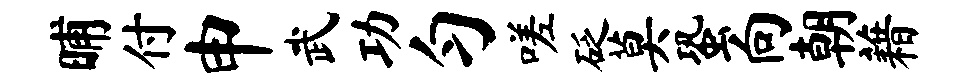
晡付申武功匀嗟砭莫蛩向朝藉